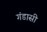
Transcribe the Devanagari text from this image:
गंडासी